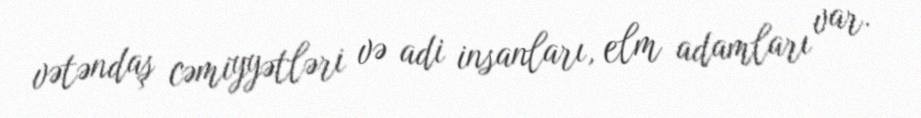
vətəndaş cəmiyyətləri və adi insanları, elm adamları var.